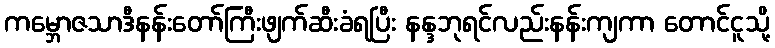
ကမ္ဘောဇသာဒီနန်းတော်ကြီးဖျက်ဆီးခံရပြီး နန္ဒဘုရင်လည်းနန်းကျကာ တောင်ငူသို့